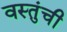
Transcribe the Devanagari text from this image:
वस्तुंची